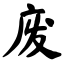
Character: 废